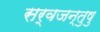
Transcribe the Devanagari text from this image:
सर्वजन्तुषु